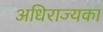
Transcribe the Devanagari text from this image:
अधिराज्यका